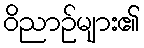
ဝိညာဉ်များ၏